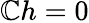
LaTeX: \mathbb{C}h=0